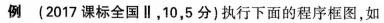
例(2017课标全国Ⅱ，10，5分)执行下面的程序框图，如